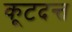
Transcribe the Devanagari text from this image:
कूटदन्त